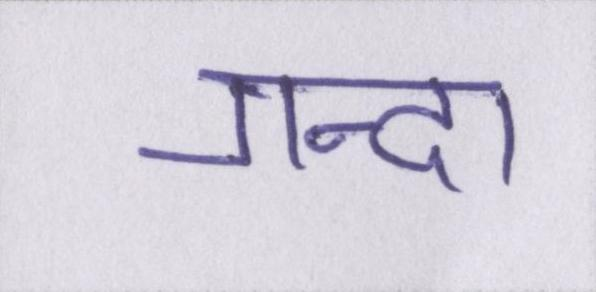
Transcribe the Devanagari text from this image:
गन्दा